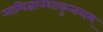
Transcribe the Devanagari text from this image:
आभिज्ञानशाकुन्तलम्